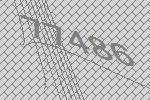
77486